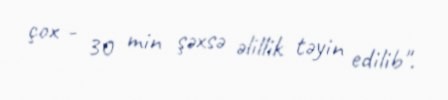
çox - 30 min şəxsə əlillik təyin edilib".